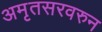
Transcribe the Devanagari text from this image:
अमृतसरवरुन